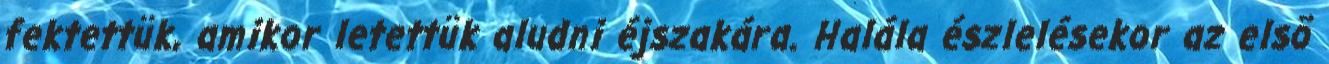
fektettük, amikor letettük aludni éjszakára. Halála észlelésekor az elsõ